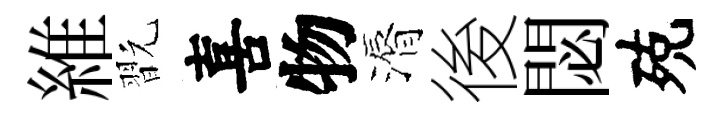
維翫喜物漘後閟殑